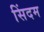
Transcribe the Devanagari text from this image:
सिंदम